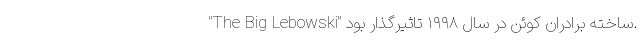
"The Big Lebowski" ساخته برادران کوئن در سال ۱۹۹۸ تاثیرگذار بود.